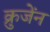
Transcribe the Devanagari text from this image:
क्रुजेंन